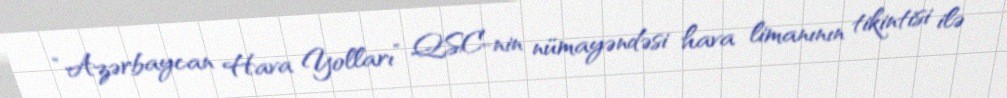
“Azərbaycan Hava Yolları” QSC-nin nümayəndəsi hava limanının tikintisi ilə